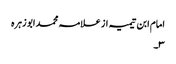
امام ابن تیمیہ از علامہ محمد ابو زہرہ
٣۔